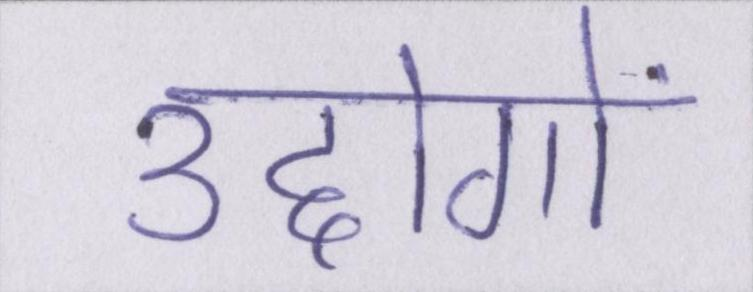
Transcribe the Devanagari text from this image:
उद्दोगों